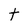
Character: t